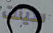
سينت